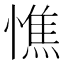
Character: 憔